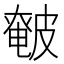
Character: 𰤰